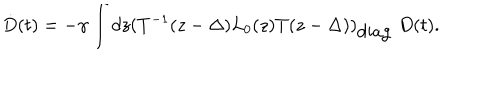
LaTeX: \dot { D } ( t ) = - \gamma \int d z ( T ^ { - 1 } ( z - \Delta ) L _ { 0 } ( z ) T ( z - \Delta ) ) _ { \mathrm { d i a g } } ~ D ( t ) .